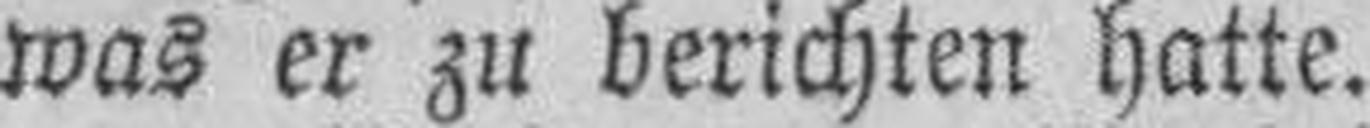
was er zu berichten hatte.